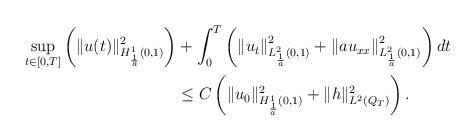
LaTeX: \begin{align*}\begin{aligned}\sup_{t \in [0,T]}\left(\|u(t)\|^2_{H^1_{\frac{1}{a}}(0,1)}\right)&+ \int_0^{T}\left(\left\|u_t\right\|^2_{L^2_{\frac{1}{a}}(0,1)} +\left\|au_{xx}\right\|^2_{L^2_{\frac{1}{a}}(0,1)}\right)dt\\&\le C\left(\|u_0\|^2_{H^1_{\frac{1}{a}}(0,1)} +\|h\|^2_{L^2(Q_T)}\right).\end{aligned}\end{align*}